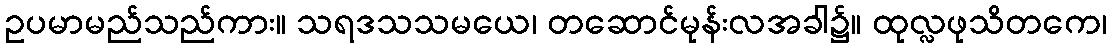
ဥပမာမည်သည်ကား။ သရဒသသမယေ၊ တဆောင်မုန်းလအခါ၌။ ထုလ္လဖုသိတကေ၊